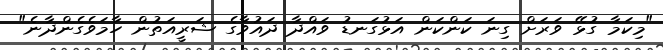
"މިކަމާ ގުޅޭ ވަރަށް ގިނަ ކަންކަން އަޅުގަނޑު ވައްދާ ދައުވާގެ ޝަރީއަތުން ހާމަވެގެންދާނެ"